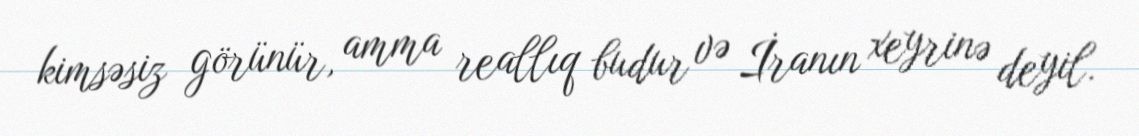
kimsəsiz görünür, amma reallıq budur və İranın xeyrinə deyil.